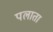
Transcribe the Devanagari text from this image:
पलाता